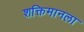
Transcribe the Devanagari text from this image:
शक्तिमानला